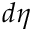
d \eta